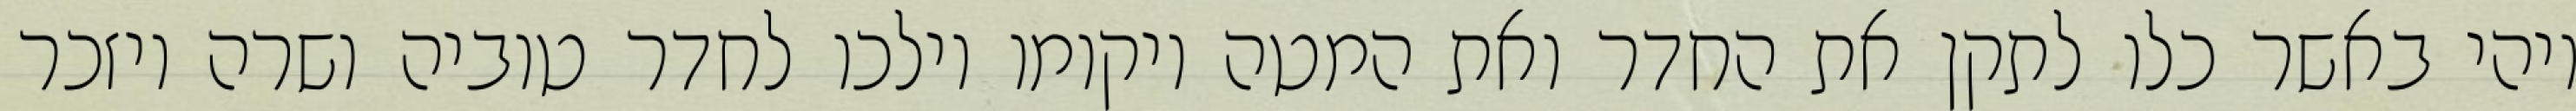
ויהי באשר כלו לתקן את החדר ואת המטה ויקומו וילכו לחדר טוביה ושרה ויזכר